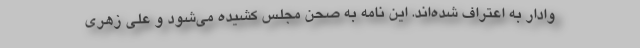
وادار به اعتراف شده‌اند. این نامه به صحن مجلس کشیده می‌شود و علی زهری